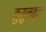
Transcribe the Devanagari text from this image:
कुसुमकुंज